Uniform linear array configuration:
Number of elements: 32
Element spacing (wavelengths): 0.25
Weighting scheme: binomial
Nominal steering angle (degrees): -45
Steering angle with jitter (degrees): -46.835
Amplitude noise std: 0.05
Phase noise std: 0.05

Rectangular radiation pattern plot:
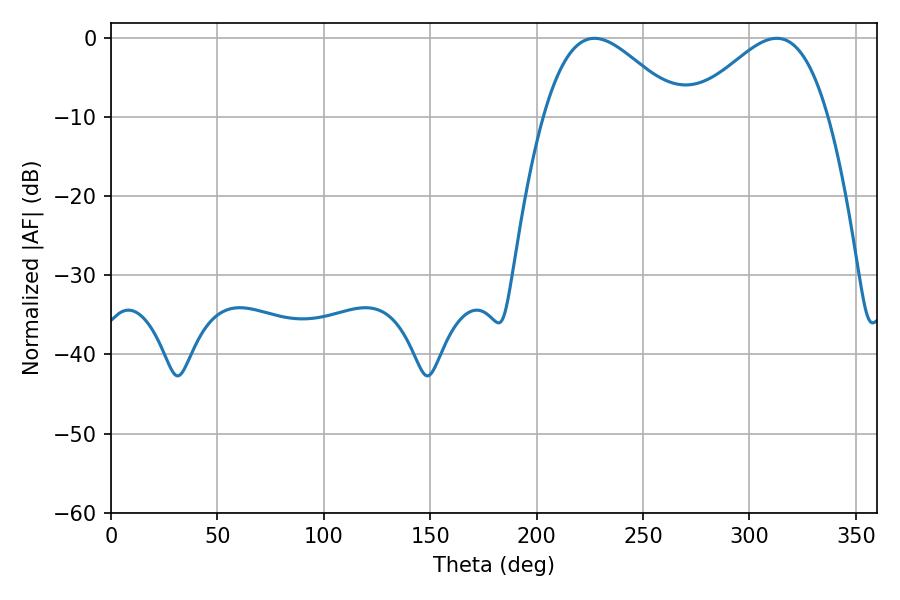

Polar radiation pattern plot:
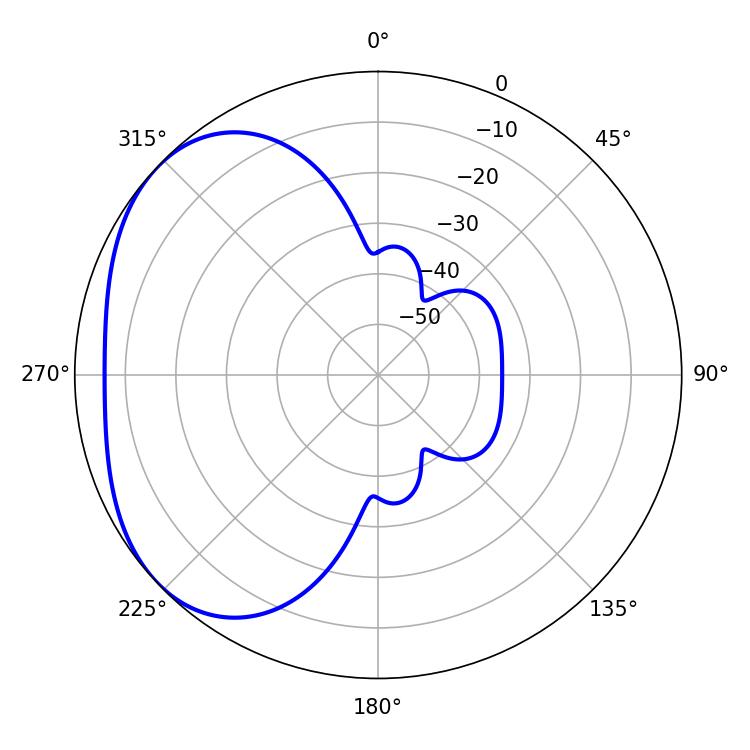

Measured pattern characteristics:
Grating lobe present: FALSE
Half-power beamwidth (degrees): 34.2
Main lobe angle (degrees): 227.16